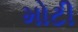
મોટી